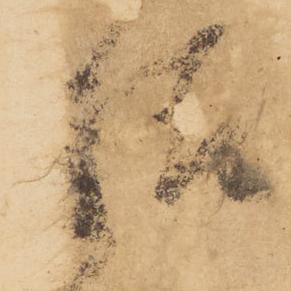
様